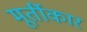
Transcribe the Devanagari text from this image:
मूर्तीकार